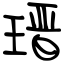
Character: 瑨